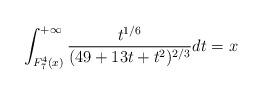
LaTeX: \begin{align*}\int^{+\infty}_{F_7^4(x)}\frac{t^{1/6}}{(49+13t+t^2)^{2/3}}dt=x\end{align*}